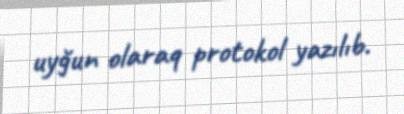
uyğun olaraq protokol yazılıb.